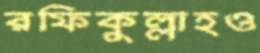
রফিকুল্লাহও